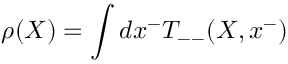
\rho ( X ) = \int d x ^ { - } T _ { -- } ( X , x ^ { - } )